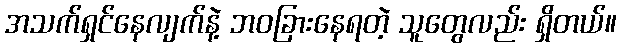
အသက်ရှင်နေလျက်နဲ့ ဘဝခြားနေရတဲ့ သူတွေလည်း ရှိတယ်။